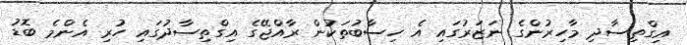
އިގްތިސާދި މާހިރުންގެ ނަޒަރުގައި އެ ހިސާބުތަކުން ރާއްޖޭގެ އިގްތިސާދުގައި ހުރި އެންމެ ބޮޑު